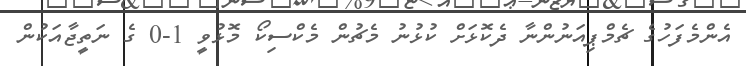
އެންމެފަހުގެ ޗެމްޕިއަނުންނާ ދެކޮޅަށް ކުޅުނު މެޗުން މެކްސިކޯ މޮޅުވީ 1-0 ގެ ނަތީޖާއަކުން